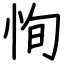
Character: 恂